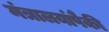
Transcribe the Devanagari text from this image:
मंत्रालयांपैकी